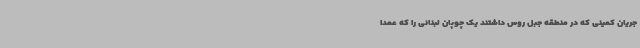
جریان کمینی که در منطقه جبل روس داشتند یک چوپان لبنانی را که عمدا